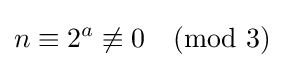
n\equiv 2^{a}\not \equiv 0{\pmod {3}}